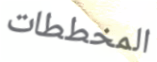
المخططات